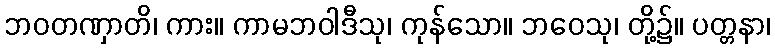
ဘဝတဏှာတိ၊ ကား။ ကာမဘဝါဒီသု၊ ကုန်သော။ ဘဝေသု၊ တို့၌။ ပတ္တနာ၊